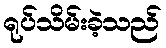
ရုပ်သိမ်းခဲ့သည်